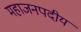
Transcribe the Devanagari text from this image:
महाजनपदीय